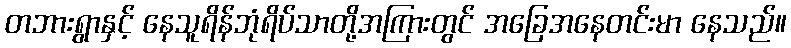
တဘားရွာနှင့် နေသူရိန်ဘုံရိပ်သာတို့အကြားတွင် အခြေအနေတင်းမာ နေသည်။